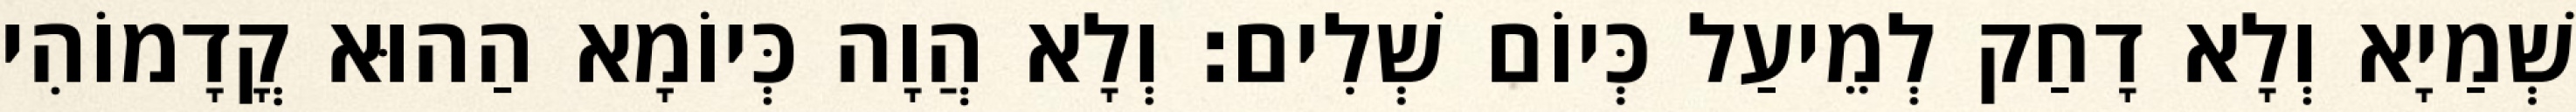
שְׁמַיָא וְלָא דָחַק לְמֵיעַל כְּיוֹם שְׁלִים׃ וְלָא הֲוָה כְּיוֹמָא הַהוּא קֳדָמוֹהִי